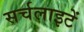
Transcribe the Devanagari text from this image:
सर्चलाइटें